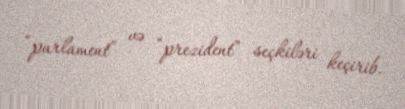
“parlament” və “prezident” seçkiləri keçirib.